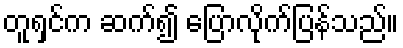
တူရှင်က ဆက်၍ ပြောလိုက်ပြန်သည်။